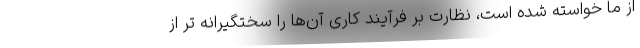
از ما خواسته شده است، نظارت بر فرآیند کاری آن‌ها را سختگیرانه تر از